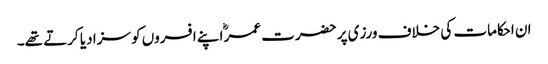
ان احکامات کی خلاف ورزی پر حضرت عمرؓ اپنے افسروں کو سزا دیا کرتے تھے۔